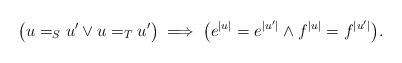
LaTeX: \begin{align*} \bigl(u =_S u' \lor u =_T u'\bigr) \implies \bigl(e^{|u|} = e^{|u'|} \land f^{|u|} = f^{|u'|}\bigr).\end{align*}